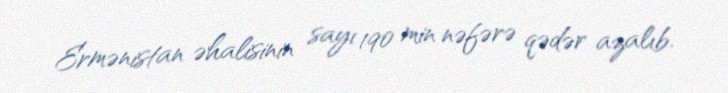
Ermənistan əhalisinin sayı 190 min nəfərə qədər azalıb.